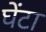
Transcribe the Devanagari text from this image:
घेंटा